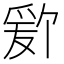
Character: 𬋫